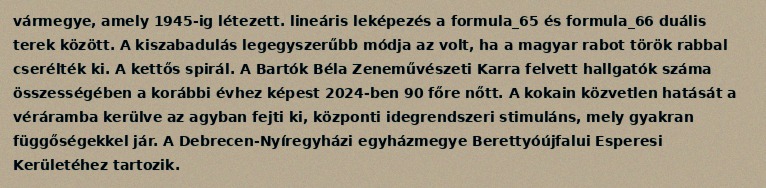
vármegye, amely 1945-ig létezett. lineáris leképezés a formula_65 és formula_66 duális terek között. A kiszabadulás legegyszerűbb módja az volt, ha a magyar rabot török rabbal cserélték ki. A kettős spirál. A Bartók Béla Zeneművészeti Karra felvett hallgatók száma összességében a korábbi évhez képest 2024-ben 90 főre nőtt. A kokain közvetlen hatását a véráramba kerülve az agyban fejti ki, központi idegrendszeri stimuláns, mely gyakran függőségekkel jár. A Debrecen-Nyíregyházi egyházmegye Berettyóújfalui Esperesi Kerületéhez tartozik.